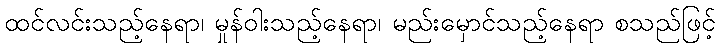
ထင်လင်းသည့်နေရာ၊ မှုန်ဝါးသည့်နေရာ၊ မည်းမှောင်သည့်နေရာ စသည်ဖြင့်